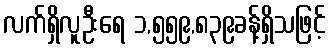
လက်ရှိလူဦးရေ ၁,၅၅၉,၈၃၉ခန့်ရှိသဖြင့်